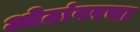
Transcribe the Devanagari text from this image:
ओठांवरचा